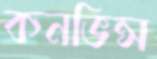
কনভিন্স